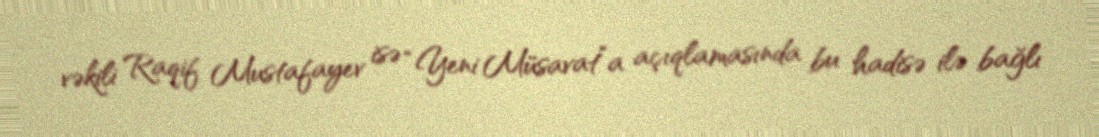
vəkili Raqif Mustafayev isə “Yeni Müsavat”a açıqlamasında bu hadisə ilə bağlı